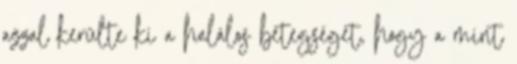
azzal kerülte ki a halálos betegséget, hogy a mint